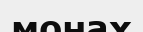
монах